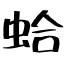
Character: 蛤